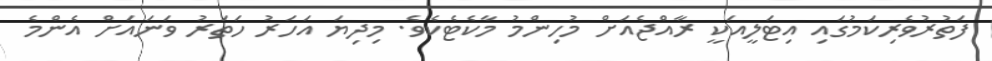
ފަތުރުވެރިކަމުގައި އިޓަލީއަކީ ރާއްޖެއަށް މުހިންމު މާކެޓެކެވެ. މިދިޔަ އަހަރު ހަތަރު ވަނައަށް އެންމެ